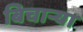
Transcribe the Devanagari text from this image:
बिचार्‍या